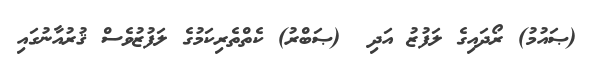
(ޞައުމު) ރޯދައިގެ ލަފުޒު އަދި  (ޞަބްރު) ކެތްތެރިކަމުގެ ލަފުޒުވެސް ޤުރުއާނުގައި